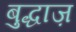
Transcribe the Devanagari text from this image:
बुद्धाज़